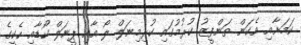
ކަމަށާއި އެކަން ތަންފީޒު ކުރުމުގައި ކުރިމިނަލް ލޯ އާއި ޕީނަލް ކޯޑާއި ހެކީގެ